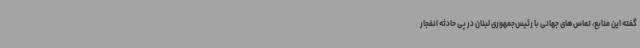
گفته این منابع، تماس‌های جهانی با رئیس‌جمهوری لبنان در پی حادثه انفجار